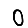
Digit: 0